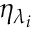
{ \eta } _ { { \lambda } _ { i } }